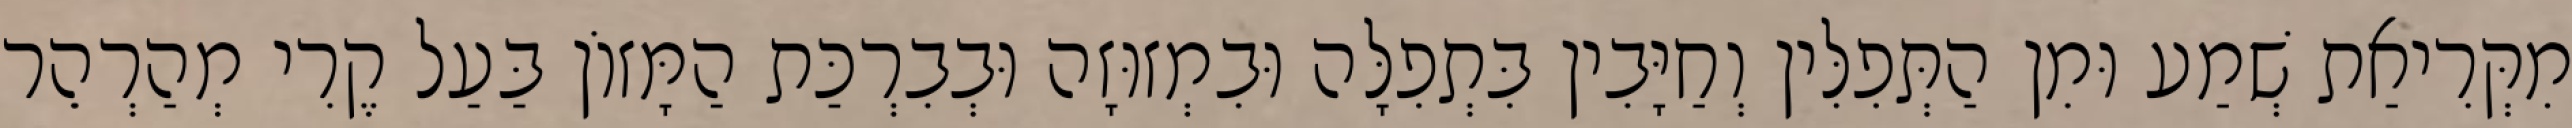
מִקְּרִיאַת שְׁמַע וּמִן הַתְּפִלִּין וְחַיָּבִין בִּתְפִלָּה וּבִמְזוּזָה וּבְבִרְכַּת הַמָּזוֹן בַּעַל קֶרִי מְהַרְהֵר